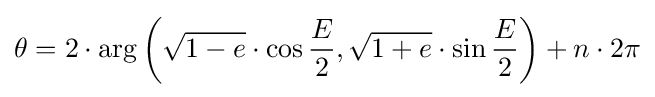
\theta =2\cdot \arg \left({\sqrt {1-e}}\cdot \cos {\frac {E}{2}},{\sqrt {1+e}}\cdot \sin {\frac {E}{2}}\right)+n\cdot 2\pi